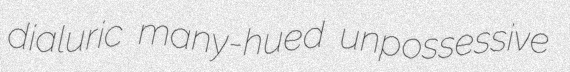
dialuric many-hued unpossessive